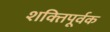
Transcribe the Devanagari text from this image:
शक्‍तिपूर्वक